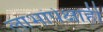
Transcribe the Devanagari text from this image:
लाभांपेक्षाही